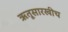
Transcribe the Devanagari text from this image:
ऋतूसारखीच